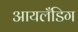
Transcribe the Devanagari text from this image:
आयलँडिग